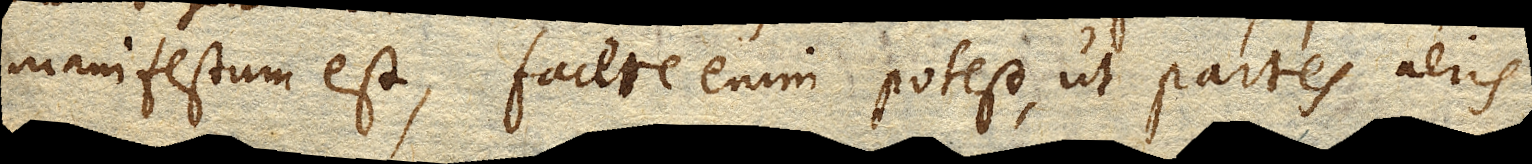
manifestum est, facere enim potest, ut partes aeris